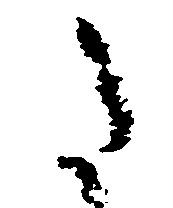
た